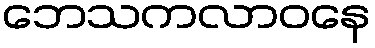
ဘေသကလာဝနေ